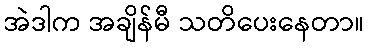
အဲဒါက အချိန်မီ သတိပေးနေတာ။